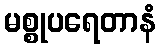
မစ္စုပရေတာနံ